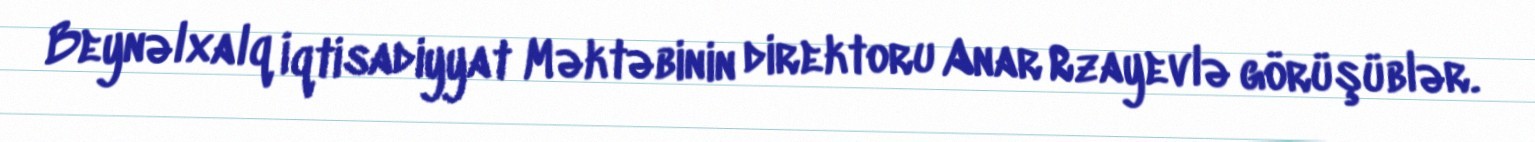
Beynəlxalq İqtisadiyyat Məktəbinin direktoru Anar Rzayevlə görüşüblər.